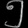
Digit: ၅